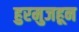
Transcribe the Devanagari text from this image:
हुरमुजहून